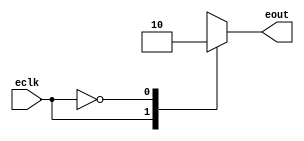
`timescale 1ns / 1ps
//////////////////////////////////////////////////////////////////////////////////
// Company: 
// Engineer: 
// 
// Design Name: 
// Module Name:    extra 
// Project Name: 
// Target Devices: 
// Tool versions: 
// Description: 
//
// Dependencies: 
//
// Revision: 
// Revision 0.01 - File Created
// Additional Comments: 
//
//////////////////////////////////////////////////////////////////////////////////
module extra(input eclk, output reg eout
    );

always @ (eclk)
begin
case (eclk)
1'b1 : eout <= 1'b1;
1'b0 : eout <= 1'b0;
endcase
end



endmodule